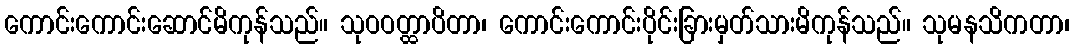
ကောင်းကောင်းဆောင်မိကုန်သည်။ သုဝဝတ္ထာပိတာ၊ ကောင်းကောင်းပိုင်းခြားမှတ်သားမိကုန်သည်။ သုမနသိကတာ၊